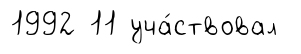
1992 11 уча́ствовал